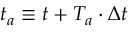
t _ { a } \equiv t + { T _ { a } } \cdot \Delta t